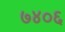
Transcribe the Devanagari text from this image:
७४०६